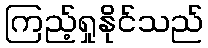
ကြည့်ရှုနိုင်သည်